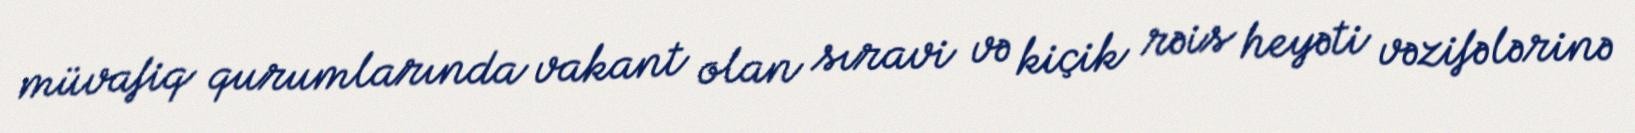
müvafiq qurumlarında vakant olan sıravi və kiçik rəis heyəti vəzifələrinə